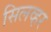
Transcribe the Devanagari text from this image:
सिलव्हर